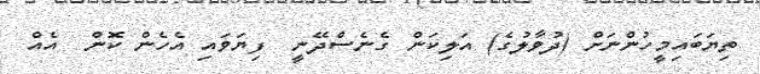
ތިޔަބައިމީހުންނަށް (ދުވާލުގެ) އަލިކަން ގެނެސްދޭނީ  ފިޔަވައި އެހެން ކޮން  އެއް